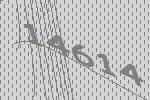
14614